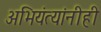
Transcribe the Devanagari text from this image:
अभियंत्यांनीही